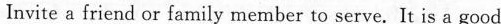
Invite a friend or family member to serve.It is a good